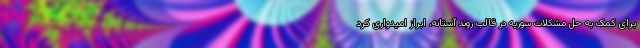
برای کمک به حل مشکلات سوریه در قالب روند آستانه، ابراز امیدواری کرد